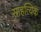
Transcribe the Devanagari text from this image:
साहत्यिक